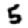
Digit: 5